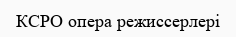
КСРО опера режиссерлері